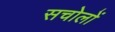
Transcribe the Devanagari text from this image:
सचोलों